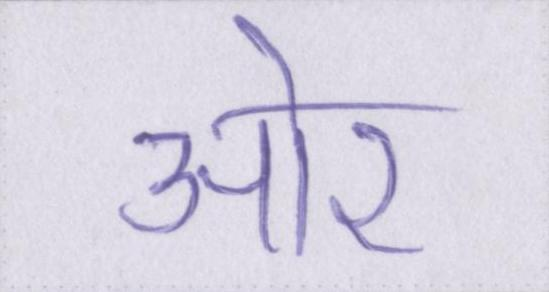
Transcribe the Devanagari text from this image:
आ॓र